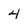
Character: 4